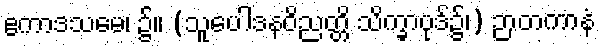
ဧကာဒသမေ၊ ၌။ (သူပေါဒနဝိညတ္တိ သိက္ခာပုဒ်၌၊) ဉာတကာနံ